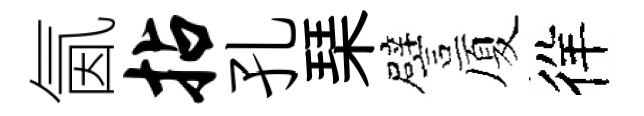
氤拈孔琹譬厦徉